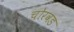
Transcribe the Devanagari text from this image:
चोरवड